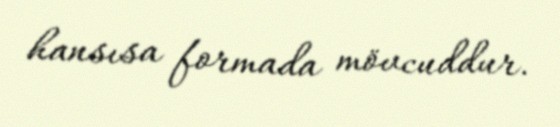
hansısa formada mövcuddur.